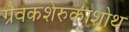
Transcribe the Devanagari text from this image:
ग्रैवकशेरुकाशोथ